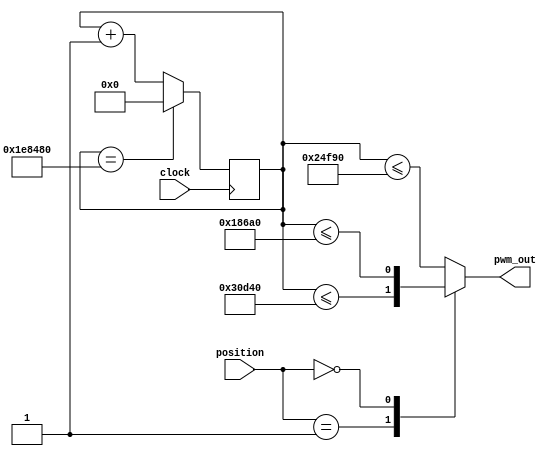
module servo_controller (
  input clock,  //base on 100MHZ clock
    input [1:0] position, //left(10), right(01), neutral(00,11)
    output pwm_out
    );
    
    localparam MS_20 = 24'h1e8480;      //20ms from 100MHZ clock
    localparam MIDDLE = 24'h24f90;      // 1.5 ms  middle
    localparam ALLRIGHT = 24'h30d40;    // 2ms all the way right
    localparam ALLLEFT = 24'h186a0;     //1 ms all the way left

    reg [23:0] count;
    reg pulse;

    initial count = 0;
    assign pwm_out = pulse;

    always@(posedge clock) begin
        count <= (count == MS_20) ? 0 : count + 1'b1; /* 20 ms period */
    end    

    always@(*) begin
        case(position)
            2'b01: pulse = (count <= ALLRIGHT); //right all the way
            2'b00: pulse = (count <= ALLLEFT); //left all the way
            default: pulse = (count <= MIDDLE);  //center 
        endcase
    end
endmodule